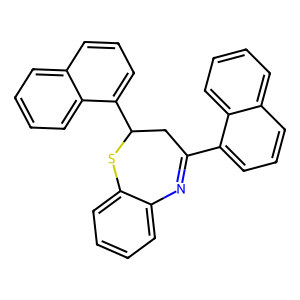
SMILES: c1ccc2c(c1)N=C(c1cccc3ccccc13)CC(c1cccc3ccccc13)S2
Inhibits HIV replication: No